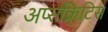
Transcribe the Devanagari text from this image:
अप्सक्रिटिस